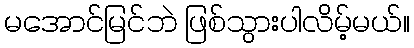
မအောင်မြင်ဘဲ ဖြစ်သွားပါလိမ့်မယ်။